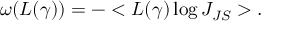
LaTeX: \omega ( L ( \gamma ) ) = - < L ( \gamma ) \log J _ { J S } > .